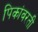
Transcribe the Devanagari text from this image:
पिकांवरती